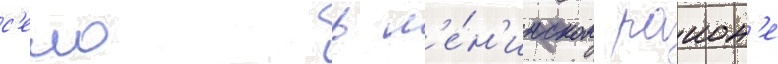
с'ело в л'е́н'инском раион'е